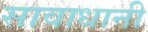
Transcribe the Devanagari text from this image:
सावाधानी